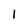
Character: 1